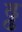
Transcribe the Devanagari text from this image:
ढ्ढ